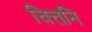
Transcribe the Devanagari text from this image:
चित्तनि